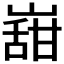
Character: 𭗌